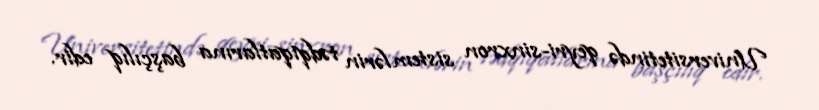
Universitetində qeyri-sinxron sistemlərin tədqiqatlarına başçılıq edir.